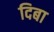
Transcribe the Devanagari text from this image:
दिबा